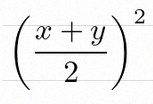
\left(\frac{x+y}{2}\right)^2